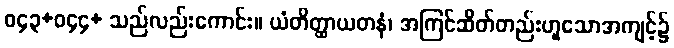
ဝ၄၃+ဝ၄၄+ သည်လည်းကောင်း။ ယံတိတ္ထာယတနံ၊ အကြင်ဆိတ်တည်းဟူသောအကျင့်၌